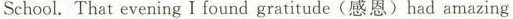
School. That eveningI foundgratitude(感恩)had amazing